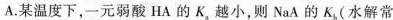
A.某温度下，一元弱酸HA的K_{a}，越小，则NaA的K_{b}(水解常